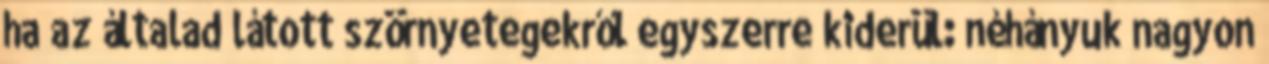
ha az általad látott szörnyetegekről egyszerre kiderül: néhányuk nagyon